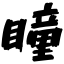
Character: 瞳